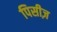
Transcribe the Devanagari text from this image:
पिसीज़